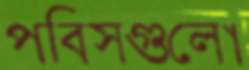
পবিসগুলো